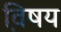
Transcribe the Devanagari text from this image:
वि़षय